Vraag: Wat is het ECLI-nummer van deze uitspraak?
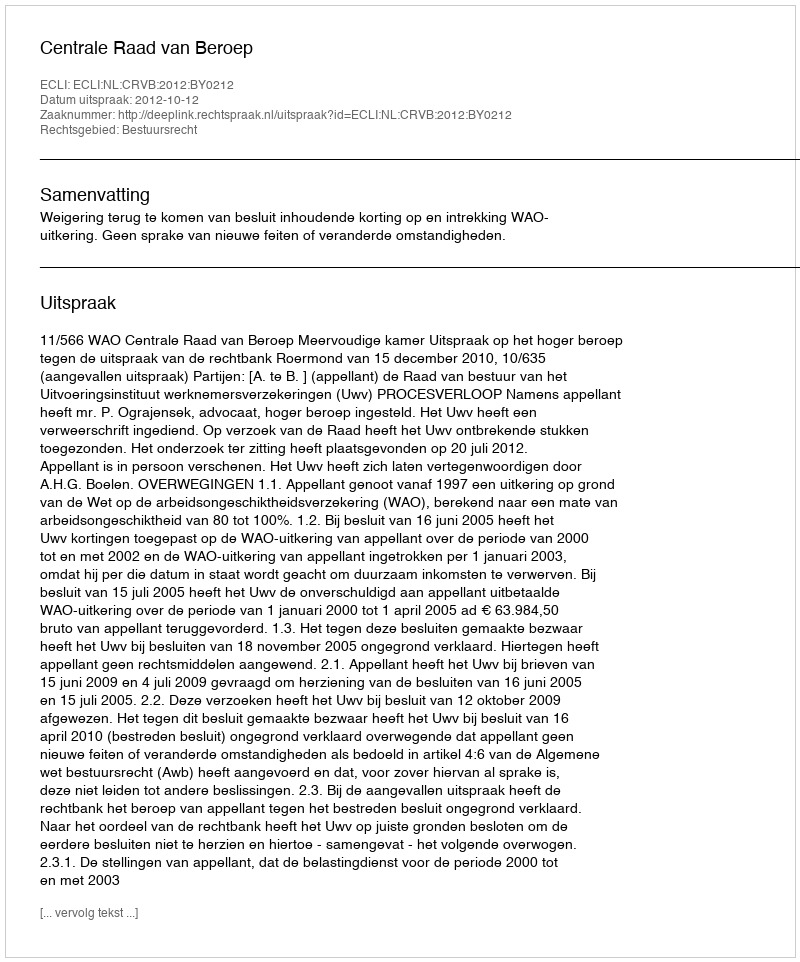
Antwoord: ECLI:NL:CRVB:2012:BY0212